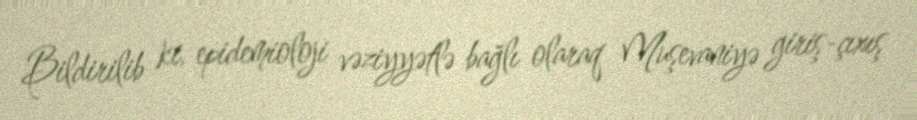
Bildirilib ki, epidemioloji vəziyyətlə bağlı olaraq Muşevaniyə giriş-çıxış